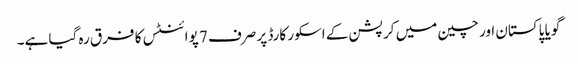
گویا پاکستان اور چین میں کرپشن کے اسکور کارڈ پر صرف 7 پوائنٹس کا فرق رہ گیا ہے۔